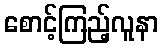
စောင့်ကြည့်လူနာ